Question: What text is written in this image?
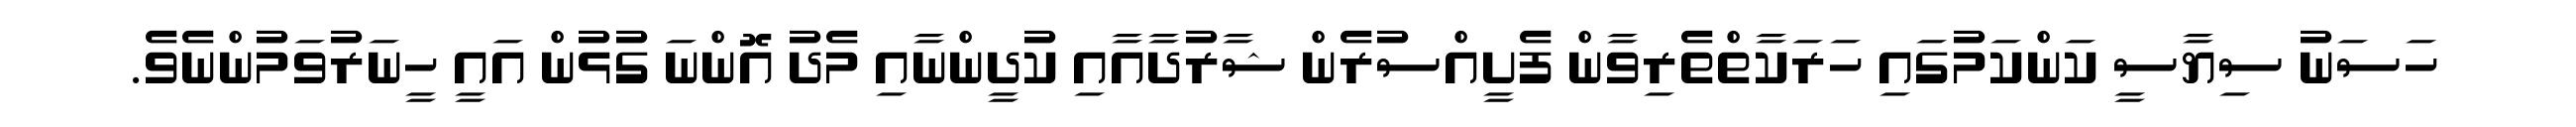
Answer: ހަސަނު ސިޔާސީ ކަންކަމުގައި ހަރަކާތްތެރިވާން ފެށީއްސުރެން ޝާރުދާއާއި ކުދީންނާއި މެދު އޮންނަ ގުޅުން އައީ ހީނަރުވަމުންނެވެ.